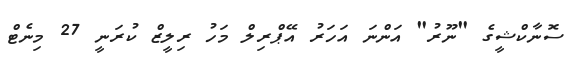
ސޮނާކްޝީގެ "ނޫރު" އަންނަ އަހަރު އޭޕްރިލް މަހު ރިލީޒް ކުރަނީ 27 މިނެޓް